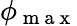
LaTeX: \phi_{\mathrm{~m~a~x~}}